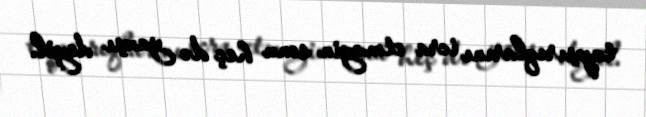
tapşırıqlarını icra etməyin sonu heç də yaxşı deyil.